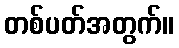
တစ်ပတ်အတွက်။